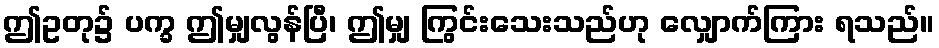
ဤဥတု၌ ပက္ခ ဤမျှလွန်ပြီ၊ ဤမျှ ကြွင်းသေးသည်ဟု လျှောက်ကြား ရသည်။